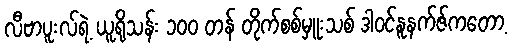
လီဗာပူးလ်ရဲ့ ယူရိုသန်း ၁၀၀ တန် တိုက်စစ်မှူးသစ် ဒါဝင်နူနက်ဇ်ကတော့